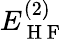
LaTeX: E_{\mathrm{~H~F~}}^{(2)}